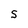
Character: S